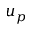
u _ { p }